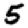
Digit: 5